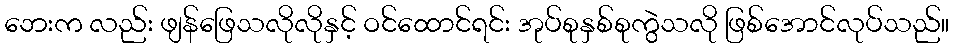
ဘေးက လည်း ဖျန်ဖြေသလိုလိုနှင့် ဝင်ထောင်ရင်း အုပ်စုနှစ်စုကွဲသလို ဖြစ်အောင်လုပ်သည်။